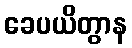
ခေပယိတွာန